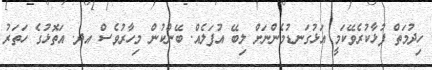
ހިދުމަތް ފުޅާކުރެވޭކަމީ އަޅުގަނޑުމެންނަށް ލިބޭ އުފަލެއް. ބޭންކުން މިހާރުވެސް އދ. އަތޮޅުގެ ހަތަރު